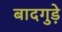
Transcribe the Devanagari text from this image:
बादगुड़े